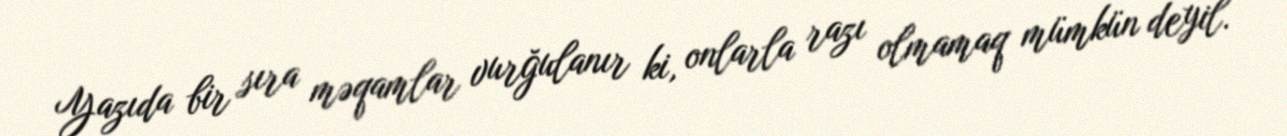
Yazıda bir sıra məqamlar vurğulanır ki, onlarla razı olmamaq mümkün deyil.